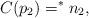
LaTeX: \begin{align*}C(p_2) =^* n_2,\end{align*}